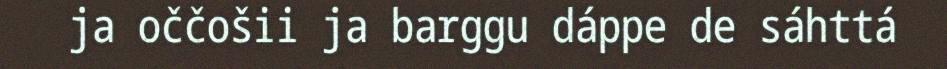
ja oččošii ja barggu dáppe de sáhttá